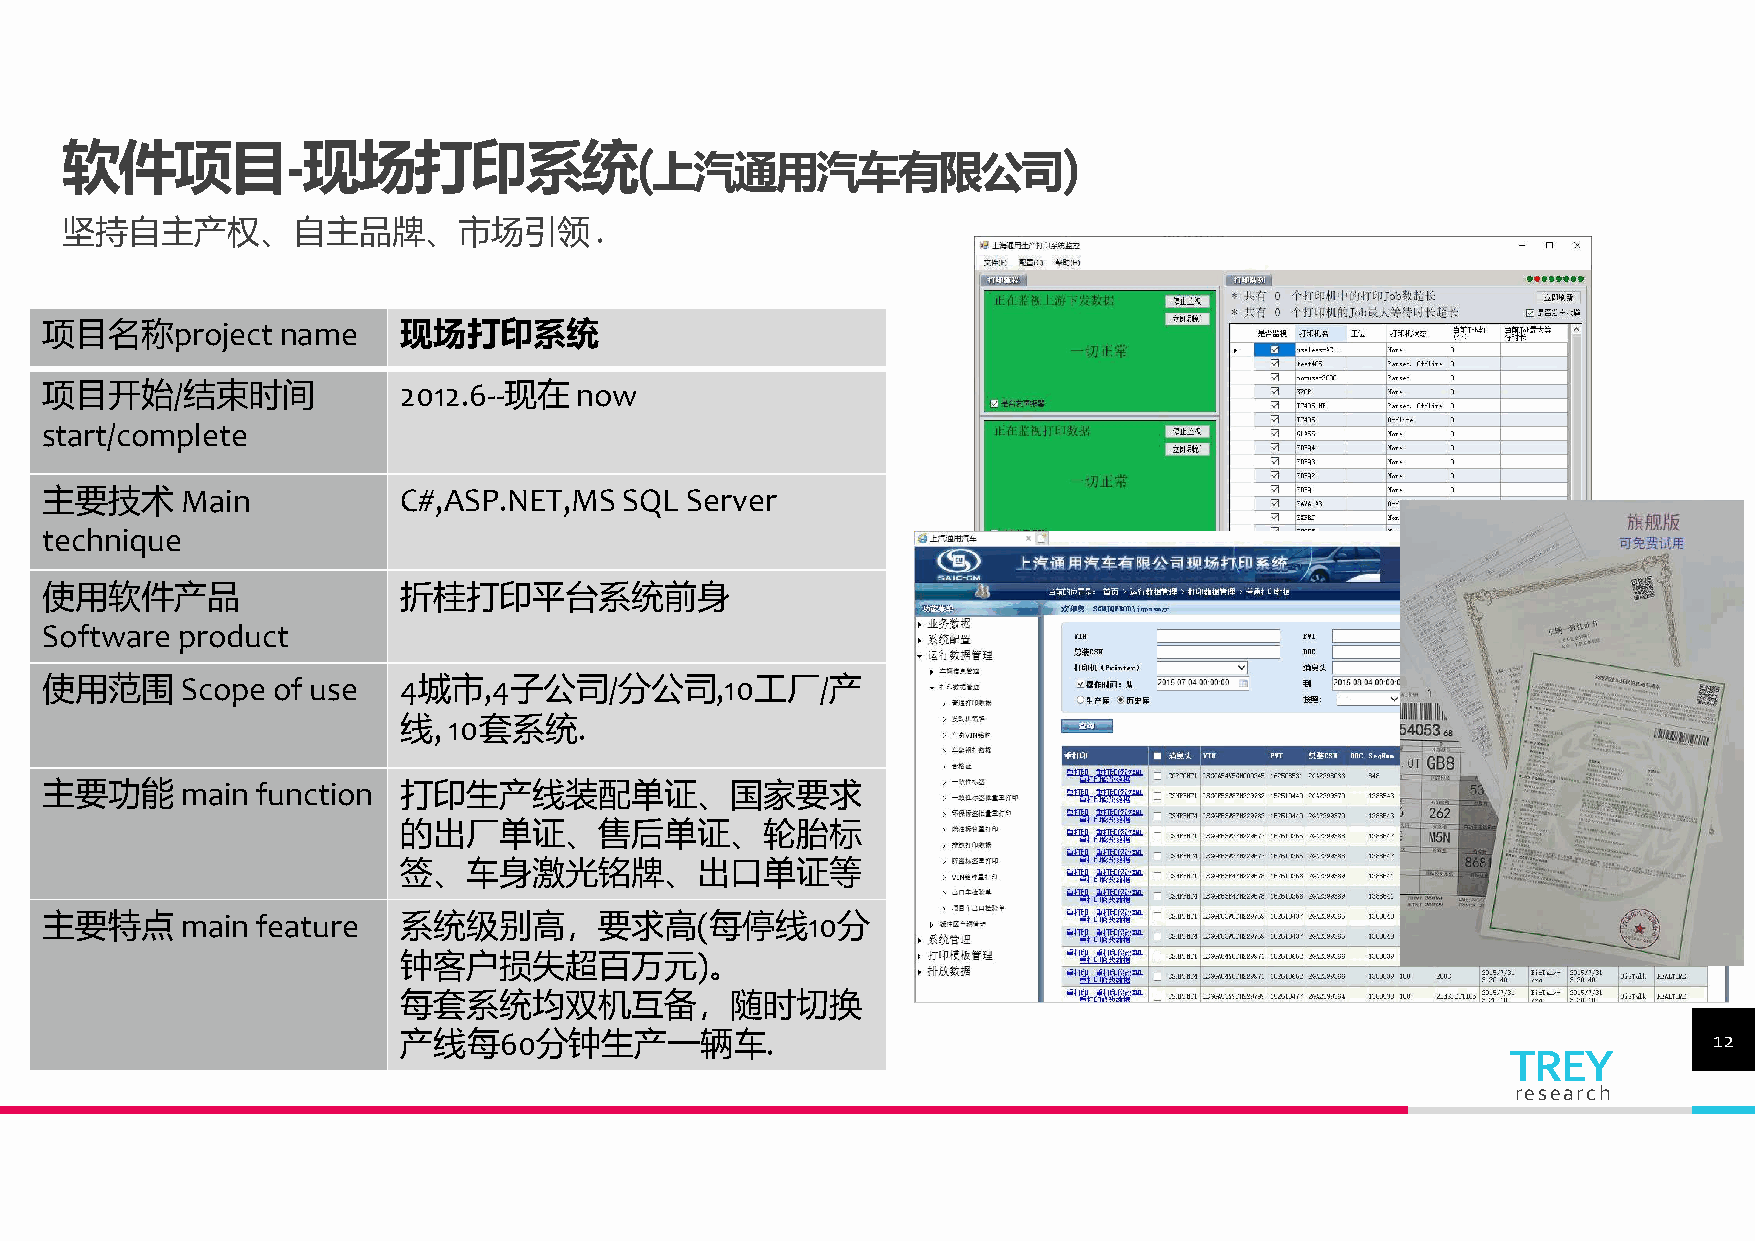
软件项目-现场打印系统(                                                      )
 上汽通用汽车有限公司
 坚持自主产权、自主品牌、市场引领.
 项目名称project     name   现场打印系统
 项目开始/结束时间              2012.6--现在now
 start/complete
 主要技术     Main          C#,ASP.NET,MS  SQL Server
 technique
 使用软件产品                 折桂打印平台系统前身
 Software product
 使用范围     Scope of use  4城市,4子公司/分公司,10工厂/产
 线,  10套系统.
 主要功能     main function 打印生产线装配单证、国家要求
 的出厂单证、售后单证、轮胎标
 签、车身激光铭牌、出口单证等
 主要特点     main feature  系统级别高，要求高(每停线10分
 钟客户损失超百万元)。
 每套系统均双机互备，随时切换
 产线每60分钟生产一辆车.                                                                          12
 TREY
 research